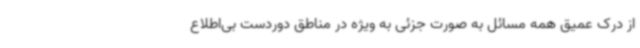
از درک عمیق همه مسائل به صورت جزئی به ویژه در مناطق دوردست بی‌اطلاع